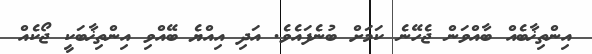
އިންތިޚާބެއް ބާއްވަން ޖެހޭނެ ކަމަށް ބުނެފައެވެ. އަދި އިއްޔެ ބޭއްވި އިންތިޚާބަކީ ޖޯކެއް